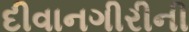
દીવાનગીરીની